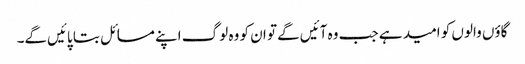
گاؤں والوں کو امید ہے جب وہ آئیں‌گے تو ان کو وہ لوگ اپنے مسائل بتا پائیں‌گے۔